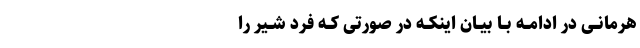
هرمانــى در ادامــه بــا بیــان اینکــه در صورتى کــه فرد شــیر را